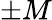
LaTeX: \pm M